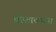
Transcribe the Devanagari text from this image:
बोलावयास